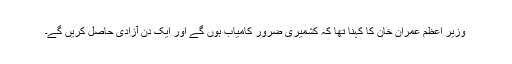
وزیر اعظم عمران خان کا کہنا تھا کہ کشمیری ضرور کامیاب ہوں گے اور ایک دن آزادی حاصل کریں گے۔